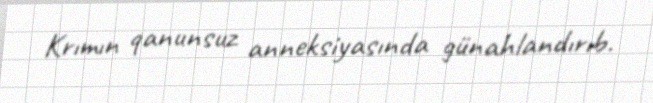
Krımın qanunsuz anneksiyasında günahlandırıb.